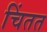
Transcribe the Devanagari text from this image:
चिंतत